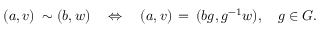
( a , v ) \: \sim ( b , w ) \quad \Leftrightarrow \quad ( a , v ) \, = \, ( b g , g ^ { - 1 } w ) , \quad g \in G .